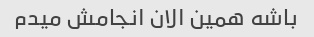
باشه همین الان انجامش میدم